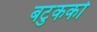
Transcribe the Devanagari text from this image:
बटुकको